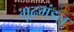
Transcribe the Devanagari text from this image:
गूढ़मंडल